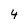
Character: 4